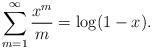
LaTeX: \begin{align*}\sum\limits_{m=1}^\infty {x^m\over m}=\log (1-x).\end{align*}